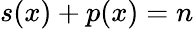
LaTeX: s(x)+p(x)=n